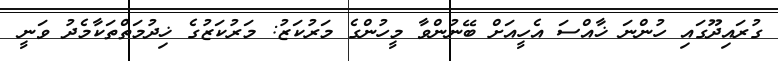
ގުރައިދޫގައި ހުންނަ ޚާއްސަ އެހީއަށް ބޭނުންވާ މީހުންގެ މަރުކަޒު: މަރުކަޒުގެ ޚިދުމަތްތަކާމެދު ވަނީ